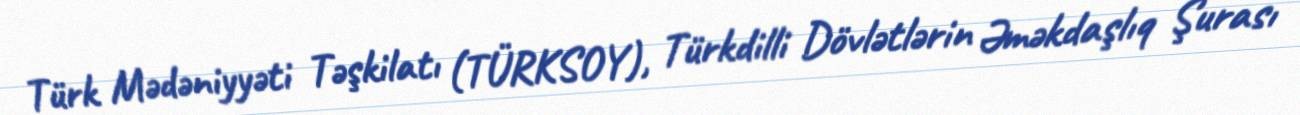
Türk Mədəniyyəti Təşkilatı (TÜRKSOY), Türkdilli Dövlətlərin Əməkdaşlıq Şurası